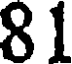
81